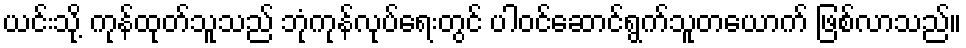
ယင်းသို့ ကုန်ထုတ်သူသည် ဘုံကုန်လုပ်ရေးတွင် ပါဝင်ဆောင်ရွက်သူတယောက် ဖြစ်လာသည်။